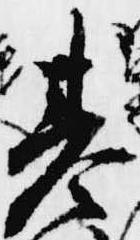
基